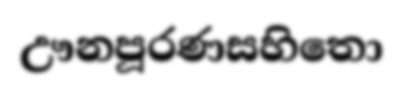
ඌනපූරණසහිතො